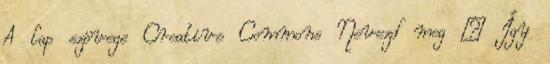
A lap szövege Creative Commons Nevezd meg – Így